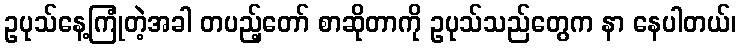
ဥပုသ်နေ့ကြုံတဲ့အခါ တပည့်တော် စာဆိုတာကို ဥပုသ်သည်တွေက နာ နေပါတယ်၊